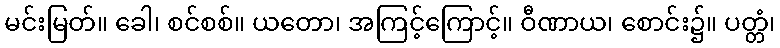
မင်းမြတ်။ ခေါ၊ စင်စစ်။ ယတော၊ အကြင့်ကြောင့်။ ဝီဏာယ၊ စောင်း၌။ ပတ္တံ၊